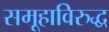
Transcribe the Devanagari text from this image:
समूहाविरुद्ध